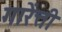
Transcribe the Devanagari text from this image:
गारेंत्ती